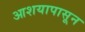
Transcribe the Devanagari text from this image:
आशयापासून